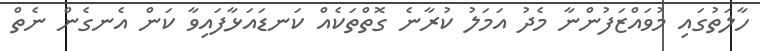
ހާލަތުގައި މުވައްޒަފުންނާ މެދު އަމަލު ކުރާނެ ގޮތްތަކެއް ކަނޑައަޅާފައިވާ ކަން އެނގެން ނެތް